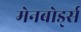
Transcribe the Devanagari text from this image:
मेनबोर्ड्स